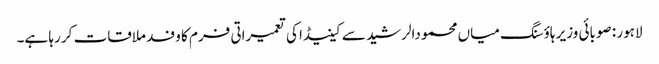
لاہور : صوبائی وزیر ہاؤسنگ میاں محمودالرشید سے کینیڈا کی تعمیراتی فرم کا وفد ملاقات کر رہا ہے۔